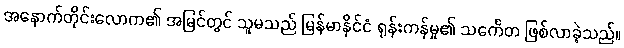
အနောက်တိုင်းလောက၏ အမြင်တွင် သူမသည် မြန်မာနိုင်ငံ ရုန်းကန်မှု၏ သင်္ကေတ ဖြစ်လာခဲ့သည်။